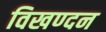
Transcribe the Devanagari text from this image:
विखण्दन